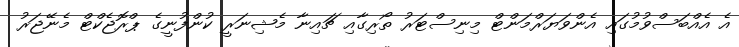
އެ އެއްބަސްވުމުގައި އެންވަޔަރްމަންޓް މިނިސްޓަރު ތޯރިގާއި ޗައިނާ މެޝިނަރީ ކުންފުނީގެ ޕްރޮޖެކްޓް މެނޭޖަރު